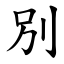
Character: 別